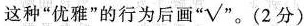
这种“优雅”的行为后画“√”。(2分)